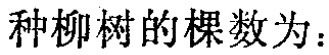
种柳树的棵数为：